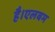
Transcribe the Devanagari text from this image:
है।एलबम